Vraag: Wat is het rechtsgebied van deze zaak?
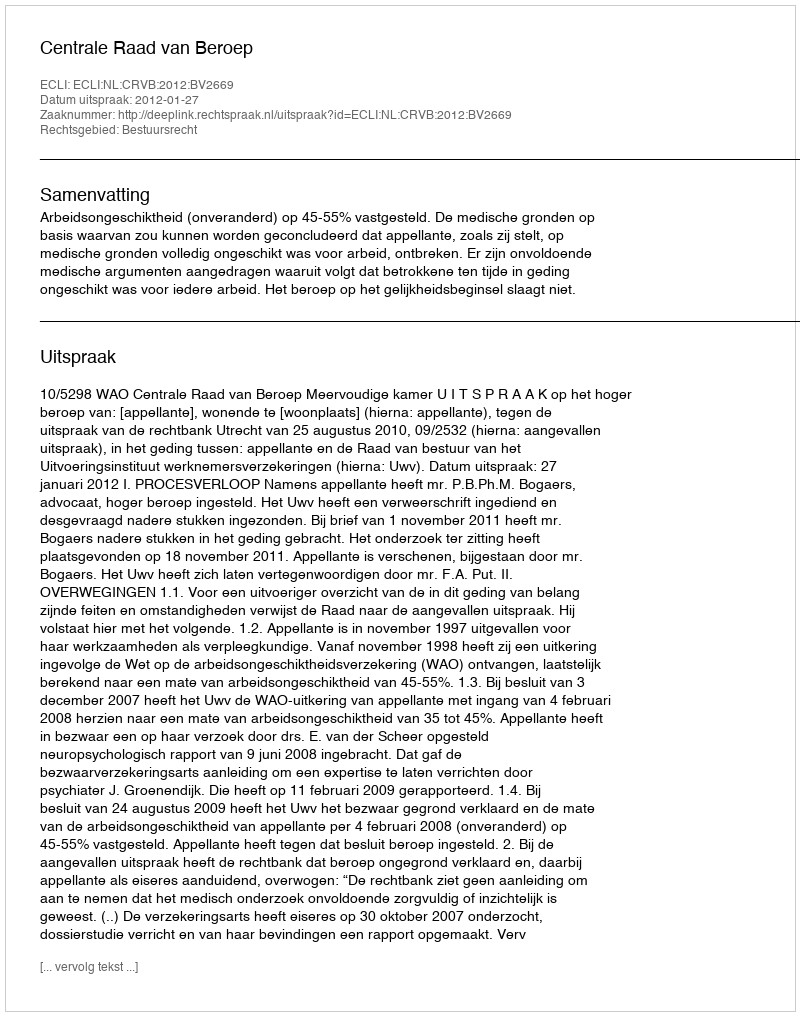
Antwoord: Bestuursrecht